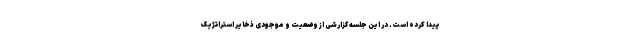
پیدا کرده است. در این جلسه گزارشی از وضعیت و موجودی ذخایر استراتژیک